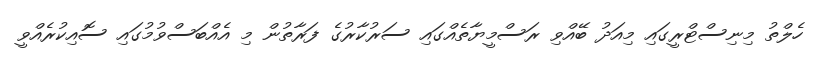
ހެލްތު މިނިސްޓްރީގައި މިއަދު ބޭއްވި ރަސްމީޔާތެއްގައި ސަރުކާރުގެ ފަރާތުން މި އެއްބަސްވުމުގައި ސޮއިކުރެއްވީ